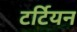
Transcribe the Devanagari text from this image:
टर्टियन